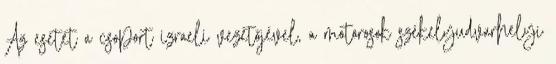
Az esetet a csoport izraeli vezetőjével, a motorosok székelyudvarhelyi